Report of the Indian Hemp Drugs Commission, 1894-1895 - Volume IV
Year: 1894
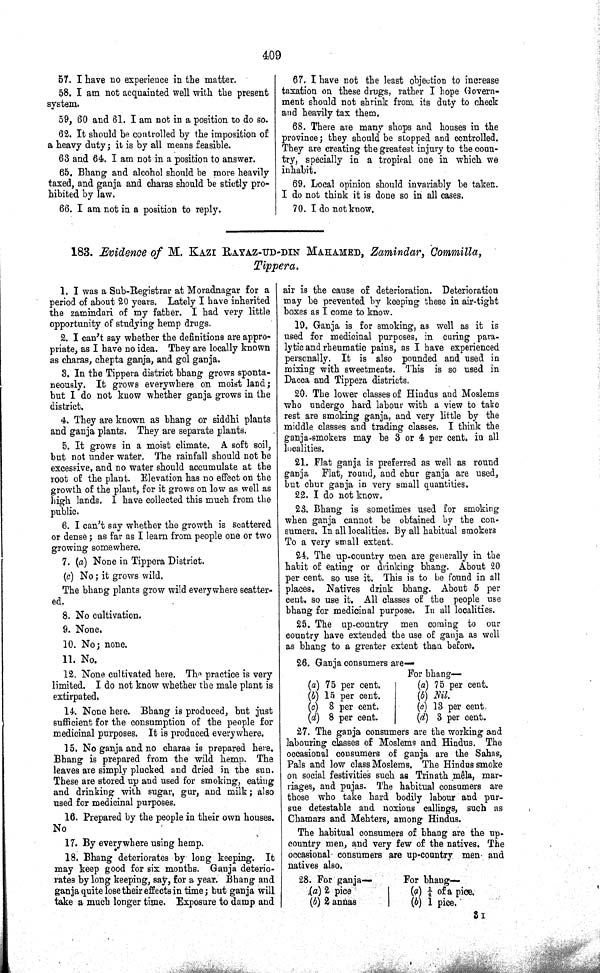
409
57. I have no experience in the matter.
58. I am not acquainted well with the present
system.
59, 60 and 61. I am not in a position to do so.
62. It should be controlled by the imposition of
a heavy duty; it is by all means feasible.
63 and 64. I am not in a position to answer.
65. Bhang and alcohol should be more heavily
taxed, and ganja and charas should be stictly pro-
hibited by law.
66. I am not in a position to reply.
67. I have not the least objection to increase
taxation on these drugs, rather I hope Govern-
ment should not shrink from its duty to check
and heavily tax them.
68. There are many shops and houses in the
province; they should be stopped and controlled.
They are creating the greatest injury to the coun-
try, specially in a tropical one in which we
inhabit.
69. Local opinion should invariably be taken.
I do not think it is done so in all cases.
70. I do not know.
183. Evidence of M. KAZI RAYAZ-UD-DIN MAHAMED, Zamindar, Commilla,
Tippera.
1. I was a Sub-Registrar at Moradnagar for a
period of about 20 years. Lately I have inherited
the zamindari of my father. I had very little
opportunity of studying hemp drugs.
2. I can't say whether the definitions are appro-
priate, as I have no idea. They are locally known
as charas, chepta ganja, and gol ganja.
3. In the Tippera district bhang grows sponta-
neously. It grows everywhere on moist land;
but I do not know whether ganja grows in the
district.
4. They are known as bhang or siddhi plants
and ganja plants. They are separate plants.
5. It grows in a moist climate. A soft soil,
but not under water. The rainfall should not be
excessive, and no water should accumulate at the
root of the plant. Elevation has no effect on the
growth of the plant, for it grows on low as well as
high lands. I have collected this much from the
public.
6. I can't say whether the growth is scattered
or dense; as far as I learn from people one or two
growing somewhere.
7. (a) None in Tippera District.
(c) No; it grows wild.
The bhang plants grow wild everywhere scatter-
ed.
8. No cultivation.
9. None.
10. No; none.
11. No.
12. None cultivated here. The practice is very
limited. I do not know whether the male plant is
extirpated.
14. None here. Bhang is produced, but just
sufficient for the consumption of the people for
medicinal purposes. It is produced everywhere.
15. No ganja and no charas is prepared here.
Bhang is prepared from the wild hemp. The
leaves are simply plucked and dried in the sun.
These are stored up and used for smoking, eating
and drinking with sugar, gur, and milk; also
used for medicinal purposes.
16. Prepared by the people in their own houses.
No
17. By everywhere using hemp.
18. Bhang deteriorates by long keeping. It
may keep good for six months. Ganja deterio-
rates by long keeping, say, for a year. Bhang and
ganja quite lose their effects in time; but ganja will
take a much longer time. Exposure to damp and
air is the cause of deterioration. Deterioration
may be prevented by keeping these in air-tight
boxes as I come to know.
19. Ganja is for smoking, as well as it is
used for medicinal purposes, in curing para-
lytic and rheumatic pains, as I have experienced
personally. It is also pounded and used in
mixing with sweetmeats. This is so used in
Dacca and Tippera districts.
20. The lower classes of Hindus and Moslems
who undergo hard labour with a view to take
rest are smoking ganja, and very little by the
middle classes and trading classes. I think the
ganja-smokers may be 3 or 4 per cent. in all
localities.
21. Flat ganja is preferred as well as round
ganja Flat, round, and chur ganja are used,
but chur ganja in very small quantities.
22. I do not know.
23. Bhang is sometimes used for smoking
when ganja cannot be obtained by the con-
sumers. In all localities. By all habitual smokers
To a very small extent.
24. The up-country men are generally in the
habit of eating or drinking bhang. About 20
per cent. so use it. This is to be found in all
places. Natives drink bhang. About 5 per
cent. so use it. All classes of the people use
bhang for medicinal purpose. In all localities.
25. The up-country men coming to our
country have extended the use of ganja as well
as bhang to a greater extent than before.
26. Ganja consumers are—
For bhang—
(a) 75 per cent.
(a) 75 per cent.
(b) 15 per cent.
(b) Nil.
(c) 8 per cent.
(c) 13 per cent.
(d) 8 per cent.
(d) 3 per cent.
27. The ganja consumers are the working and
labouring classes of Moslems and Hindus. The
occasional consumers of ganja are the Sahas,
Pals and low class Moslems. The Hindus smoke
on social festivities such as Trinath mêla, mar-
riages, and pujas. The habitual consumers are
those who take hard bodily labour and pur-
sue detestable and noxious callings, such as
Chamars and Mehters, among Hindus.
The habitual consumers of bhang are the up.
country men, and very few of the natives. The
occasional consumers are up-country men and
natives also.
28. For ganja—
For bhang—
(a) 2 pice
(a) 1/4 of a pice.
(b) 2 annas
(b) 1 pice.
3 I